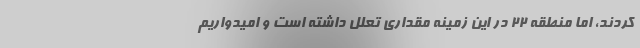
کردند، اما منطقه ۲۲ در این زمینه مقداری تعلل داشته است و امیدواریم